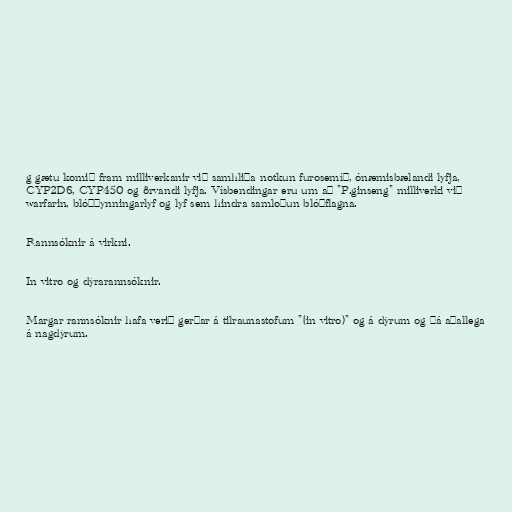
g gætu komið fram milliverkanir við samhliða notkun furosemíð, ónæmisbælandi lyfja,
CYP2D6, CYP450 og örvandi lyfja. Vísbendingar eru um að "P.ginseng" milliverki við
warfarin, blóðþynningarlyf og lyf sem hindra samloðun blóðflagna.

Rannsóknir á virkni.

In vitro og dýrarannsóknir.

Margar rannsóknir hafa verið gerðar á tilraunastofum "(in vitro)" og á dýrum og þá aðallega
á nagdýrum.